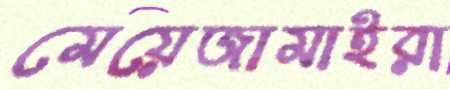
মেয়েজামাইরা